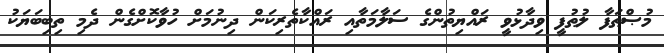
މުޞްޠަފާ ލުޠުފީ ވިދާޅުވީ ރައްޔިތުންގެ ސަލާމަތާއި ރައްކާތެރިކަން ދިނުމަށް ހުވާކޮށްގެން ދެމި ތިބިބަޔަކު